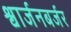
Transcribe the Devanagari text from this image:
श्वार्जनबर्जर